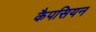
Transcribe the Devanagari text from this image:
कैपसियन